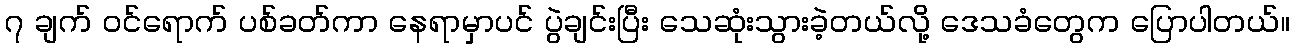
၇ ချက် ဝင်ရောက် ပစ်ခတ်ကာ နေရာမှာပင် ပွဲချင်းပြီး သေဆုံးသွားခဲ့တယ်လို့ ဒေသခံတွေက ပြောပါတယ်။